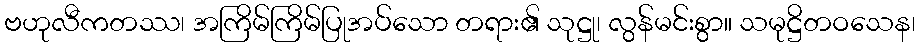
ဗဟုလီကတဿ၊ အကြိမ်ကြိမ်ပြုအပ်သော တရား၏ သုဋ္ဌု၊ လွန်မင်းစွာ။ သမုဋ္ဌိတဝသေန၊